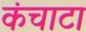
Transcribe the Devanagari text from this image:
कंचाटा